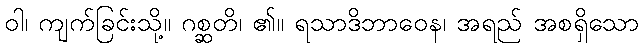
ဝါ၊ ကျက်ခြင်းသို့။ ဂစ္ဆတိ၊ ၏။ ရသာဒိဘာဝေန၊ အရည် အစရှိသော